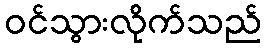
ဝင်သွားလိုက်သည်